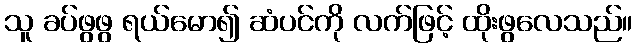
သူ ခပ်ဖွဖွ ရယ်မော၍ ဆံပင်ကို လက်ဖြင့် ထိုးဖွလေသည်။